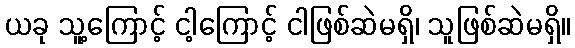
ယခု သူ့ကြောင့် ငါ့ကြောင့် ငါဖြစ်ဆဲမရှိ၊ သူဖြစ်ဆဲမရှိ။